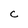
Character: C